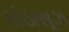
કોઠાસૂઝ